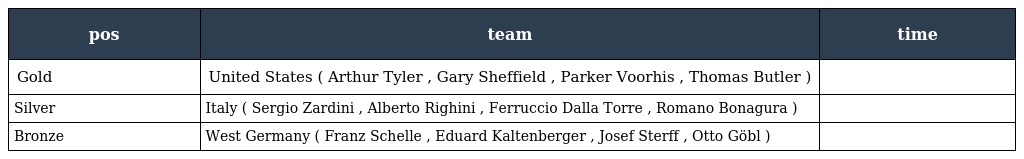
| pos | team | time |
 | --- | --- | --- |
 | Gold | United States ( Arthur Tyler , Gary Sheffield , Parker Voorhis , Thomas Butler ) |  |
 | Silver | Italy ( Sergio Zardini , Alberto Righini , Ferruccio Dalla Torre , Romano Bonagura ) |  |
 | Bronze | West Germany ( Franz Schelle , Eduard Kaltenberger , Josef Sterff , Otto Göbl ) |  |